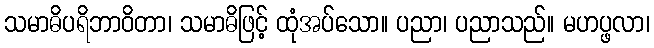
သမာဓိပရိဘာဝိတာ၊ သမာဓိဖြင့် ထုံအပ်သော။ ပညာ၊ ပညာသည်။ မဟပ္ဖလာ၊